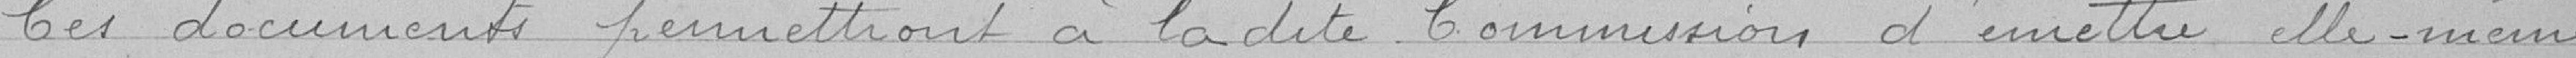
Ces documents permettront à la dite Commission d'émettre elle-même